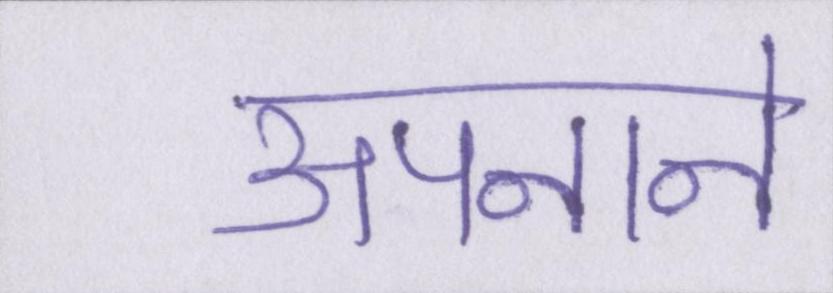
अपनाने